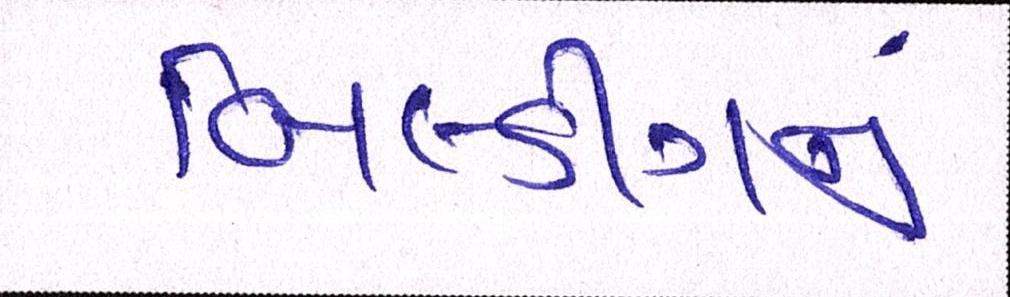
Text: બિલ્ડીંગનું